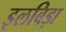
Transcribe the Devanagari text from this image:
इलबिड़ा